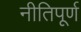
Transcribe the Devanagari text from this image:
नीतिपूर्ण